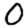
Digit: 0